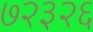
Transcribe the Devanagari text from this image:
७२३२६